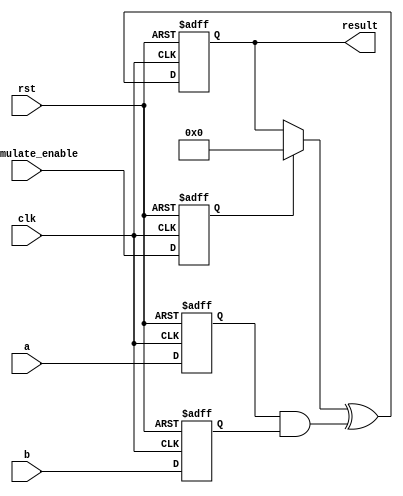
/*
psu_id: ssn5137;yxl5827
*/
module macc_417
(
    input clk,
    input rst,
    input [31:0] a,
    input [31:0] b,
    input accumulate_enable,
    output [63:0] result
);
  reg  [31:0] a_reg, b_reg;
	reg  sload_reg;
  reg	 [63:0] old_result;
  wire [63:0] multa;
  reg [63:0] tempresult;
  assign multa = a_reg & b_reg;
  always @ (result, sload_reg)
	begin
		if (sload_reg)
			old_result <= 0;
		else
			old_result <= result;
	end
  always @ (posedge clk or posedge rst)
	begin
		if (rst)
         begin
			a_reg <= 0;
			b_reg <= 0;
			sload_reg <= 0;
			tempresult <= 0;
         end
      else if (clk)
          begin
			a_reg <= a;
			b_reg <= b;
			sload_reg <= accumulate_enable;
			tempresult <= old_result ^ multa;
          end
      
	end
	assign result = tempresult;
  
endmodule